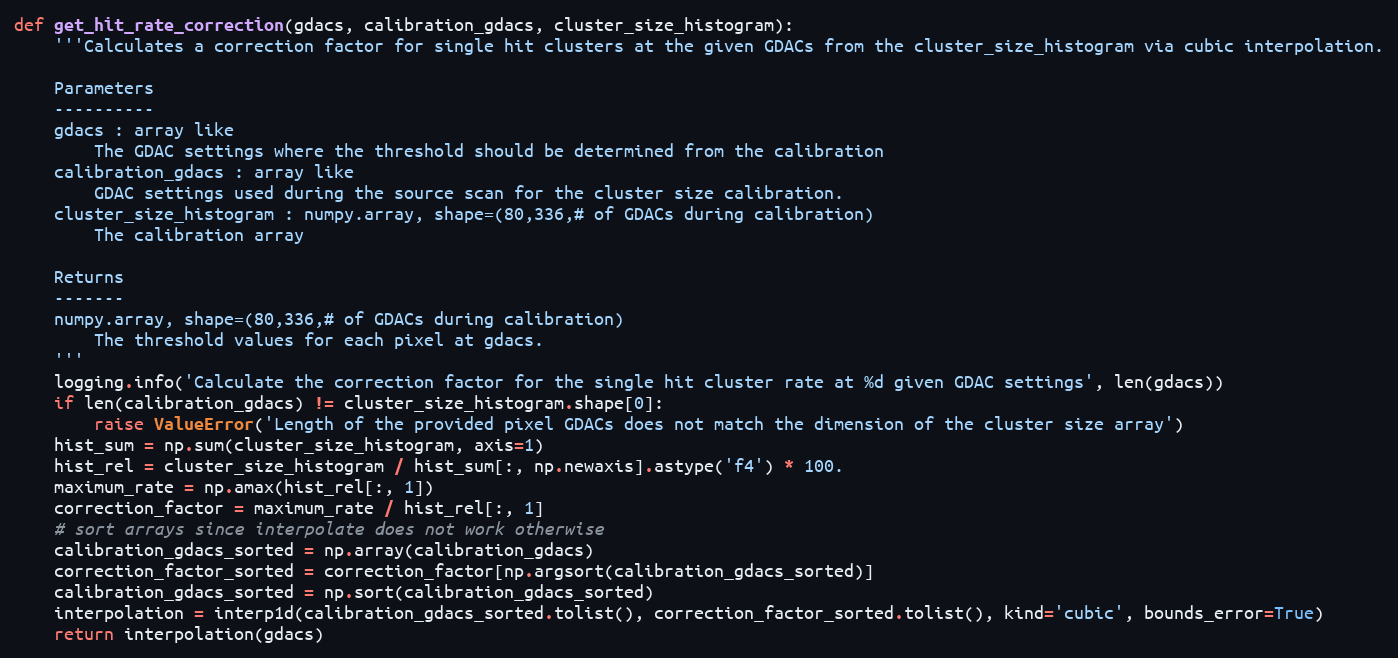
Language: Python
def get_hit_rate_correction(gdacs, calibration_gdacs, cluster_size_histogram):
    '''Calculates a correction factor for single hit clusters at the given GDACs from the cluster_size_histogram via cubic interpolation.

    Parameters
    ----------
    gdacs : array like
        The GDAC settings where the threshold should be determined from the calibration
    calibration_gdacs : array like
        GDAC settings used during the source scan for the cluster size calibration.
    cluster_size_histogram : numpy.array, shape=(80,336,# of GDACs during calibration)
        The calibration array

    Returns
    -------
    numpy.array, shape=(80,336,# of GDACs during calibration)
        The threshold values for each pixel at gdacs.
    '''
    logging.info('Calculate the correction factor for the single hit cluster rate at %d given GDAC settings', len(gdacs))
    if len(calibration_gdacs) != cluster_size_histogram.shape[0]:
        raise ValueError('Length of the provided pixel GDACs does not match the dimension of the cluster size array')
    hist_sum = np.sum(cluster_size_histogram, axis=1)
    hist_rel = cluster_size_histogram / hist_sum[:, np.newaxis].astype('f4') * 100.
    maximum_rate = np.amax(hist_rel[:, 1])
    correction_factor = maximum_rate / hist_rel[:, 1]
    # sort arrays since interpolate does not work otherwise
    calibration_gdacs_sorted = np.array(calibration_gdacs)
    correction_factor_sorted = correction_factor[np.argsort(calibration_gdacs_sorted)]
    calibration_gdacs_sorted = np.sort(calibration_gdacs_sorted)
    interpolation = interp1d(calibration_gdacs_sorted.tolist(), correction_factor_sorted.tolist(), kind='cubic', bounds_error=True)
    return interpolation(gdacs)